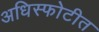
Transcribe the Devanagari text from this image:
अधिस्फोटीत